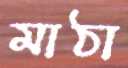
মাঠা